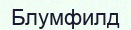
Блумфилд